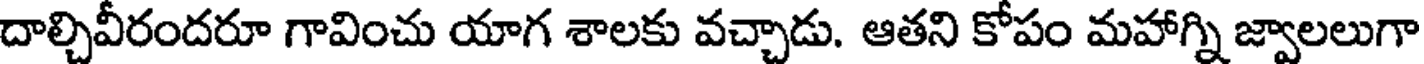
దాల్చివీరందరూ గావించు యాగ శాలకు వచ్చాడు. ఆతని కోపం మహాగ్ని జ్వాలలుగా